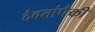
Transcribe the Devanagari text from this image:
दैवतांपैकी